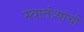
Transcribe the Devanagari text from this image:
स्वातंत्र्यांची